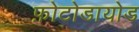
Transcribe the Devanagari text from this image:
फ़ोटोडायोड